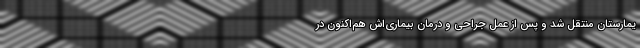
یمارستان منتقل شد و پس از عمل جراحی و درمان بیماری‌اش هم‌اکنون در